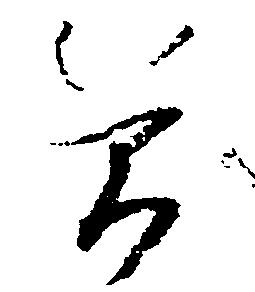
簡